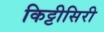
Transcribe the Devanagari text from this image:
किट्टीसिरी